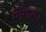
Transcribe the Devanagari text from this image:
माँगाका